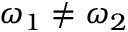
\omega _ { 1 } \neq \omega _ { 2 }